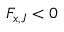
F _ { x , J } < 0